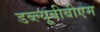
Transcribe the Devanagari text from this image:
डब्ल्यूबीबीएम